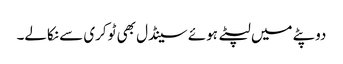
دوپٹے میں لپٹے ہوئے سینڈل بھی ٹوکری سے نکالے۔